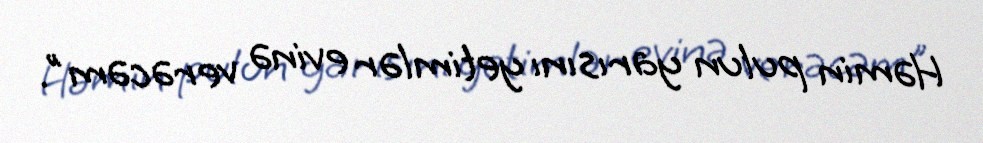
Həmin pulun yarısını yetimlər evinə verəcəm".